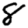
Digit: 8